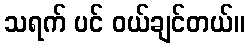
သရက် ပင် ဝယ်ချင်တယ်။